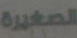
الصغيرة